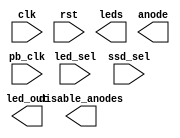
`timescale 1ns / 1ps

module RISCV (
    input clk,
    input pb_clk,
    input rst,
    input [1:0] led_sel,
    input [3:0] ssd_sel,
    output [15:0] leds,
    output [3:0] anode,
    output [6:0] led_out,
    output [3:0] disable_anodes
);
endmodule